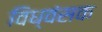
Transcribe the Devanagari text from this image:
विध्‍वंसक